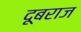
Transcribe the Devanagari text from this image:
दूबराज